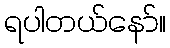
ရပါတယ်နော်။